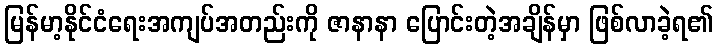
မြန်မာ့နိုင်ငံရေးအကျပ်အတည်းကို ဇာနာနာ ပြောင်းတဲ့အချိန်မှာ ဖြစ်လာခဲ့ရ၏